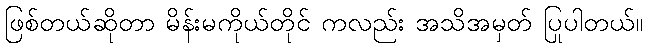
ဖြစ်တယ်ဆိုတာ မိန်းမကိုယ်တိုင် ကလည်း အသိအမှတ် ပြုပါတယ်။